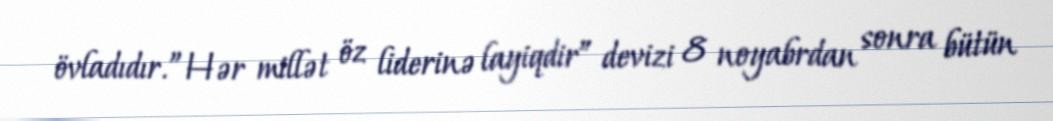
övladıdır.”Hər millət öz liderinə layiqdir” devizi 8 noyabrdan sonra bütün